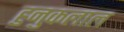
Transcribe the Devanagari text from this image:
हुनुकलाल